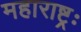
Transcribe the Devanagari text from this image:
महाराष्ट्रः